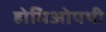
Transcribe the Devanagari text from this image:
होमिओपथी